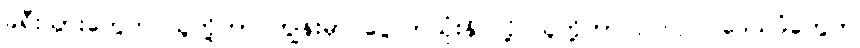
ခရီးသွားတွေက သူတို့ဟာ ကျွန်းမှာ ငွေလာသုံးနိုင်လို့ သူတို့ဘာလုပ်လုပ်၊ ဒေသခံတွေက